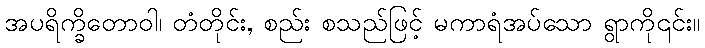
အပရိက္ခိတောဝါ၊ တံတိုင်း, စည်း စသည်ဖြင့် မကာရံအပ်သော ရွာကို၎င်း။